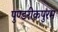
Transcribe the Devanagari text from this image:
पुण्डरीकपुरम